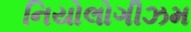
નિયોલોગીઝમ